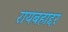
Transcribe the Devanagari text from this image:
रायबहाद्दर